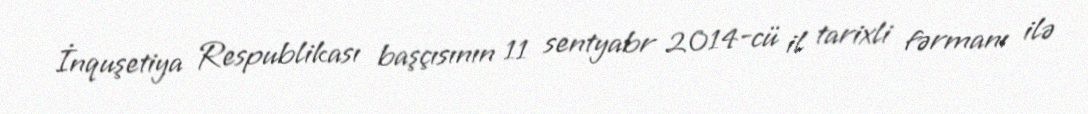
İnquşetiya Respublikası başçısının 11 sentyabr 2014-cü il tarixli fərmanı ilə